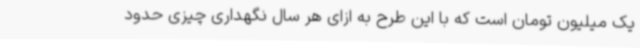
یک میلیون تومان است که با این طرح به ازای هر سال نگهداری چیزی حدود